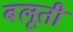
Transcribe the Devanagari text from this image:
बलूती